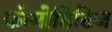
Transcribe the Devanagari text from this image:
कोमोडिटिज